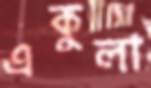
একুলা